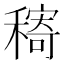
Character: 𱶠